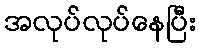
အလုပ်လုပ်နေပြီး